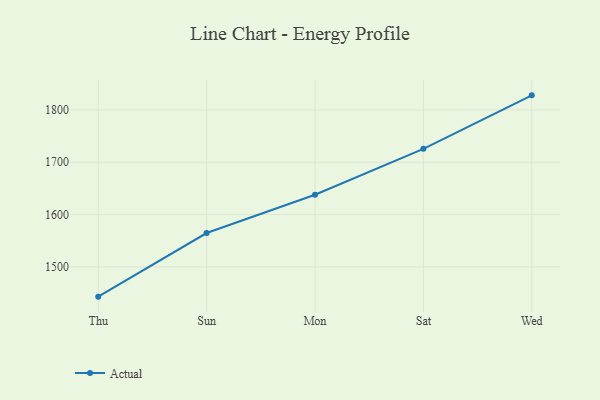
{"axis": {"x": "Day", "y": "Tickets Resolved"}, "legend": ["Actual"], "data": [{"x": "Thu", "y": 1443.1, "type": "Actual"}, {"x": "Sun", "y": 1564.7, "type": "Actual"}, {"x": "Mon", "y": 1637.9, "type": "Actual"}, {"x": "Sat", "y": 1725.6, "type": "Actual"}, {"x": "Wed", "y": 1827.8, "type": "Actual"}]}